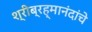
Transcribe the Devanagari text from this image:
श्रीब्रह्मानंदांचे